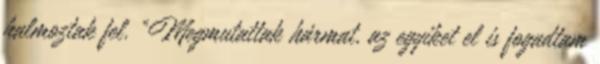
halmoztak fel. “Megmutattak hármat, az egyiket el is fogadtam